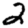
Digit: 2